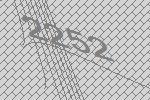
2252